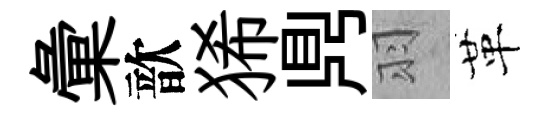
彙歆狶𪔂羽革